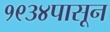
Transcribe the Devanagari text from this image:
१९३४पासून